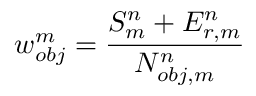
w _ { o b j } ^ { m } = \frac { S _ { m } ^ { n } + E _ { r , m } ^ { n } } { N _ { o b j , m } ^ { n } }